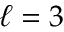
\ell = 3